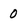
Character: 0